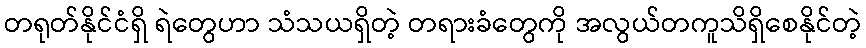
တရုတ်နိုင်ငံရှိ ရဲတွေဟာ သံသယရှိတဲ့ တရားခံတွေကို အလွယ်တကူသိရှိစေနိုင်တဲ့